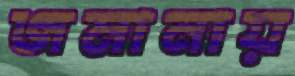
জমানায়